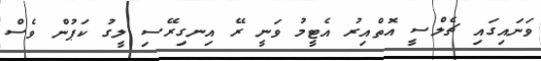
ވަނައިގައި ޗެލްސީ އޮތްއިރު އެޓީމު ވަނީ ރޭ އިނގިރޭސި ލީގު ކަޕުން ވެސް